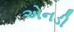
એનડી